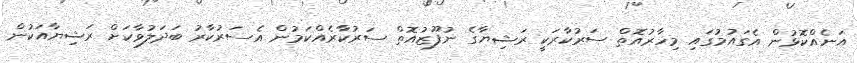
އަނެއްކޮޅުން އެގައުމުގައި މިހާރުއޮތް ސަރުކާރަކީ ރަޝިޔާގެ ނުފޫޒުއޮތް ސަރުކާރެއްކަމުން އެސަރުކާރު ބަދަލުވާކަށް ރަޝިޔާއަކުން